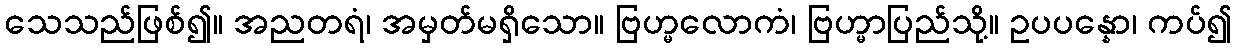
သေသည်ဖြစ်၍။ အညတရံ၊ အမှတ်မရှိသော။ ဗြဟ္မလောကံ၊ ဗြဟ္မာပြည်သို့။ ဥပပန္နော၊ ကပ်၍